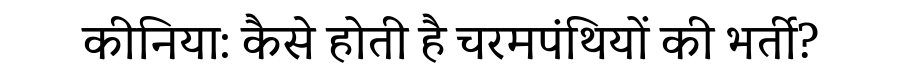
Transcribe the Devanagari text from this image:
कीनिया: कैसे होती है चरमपंथियों की भर्ती?